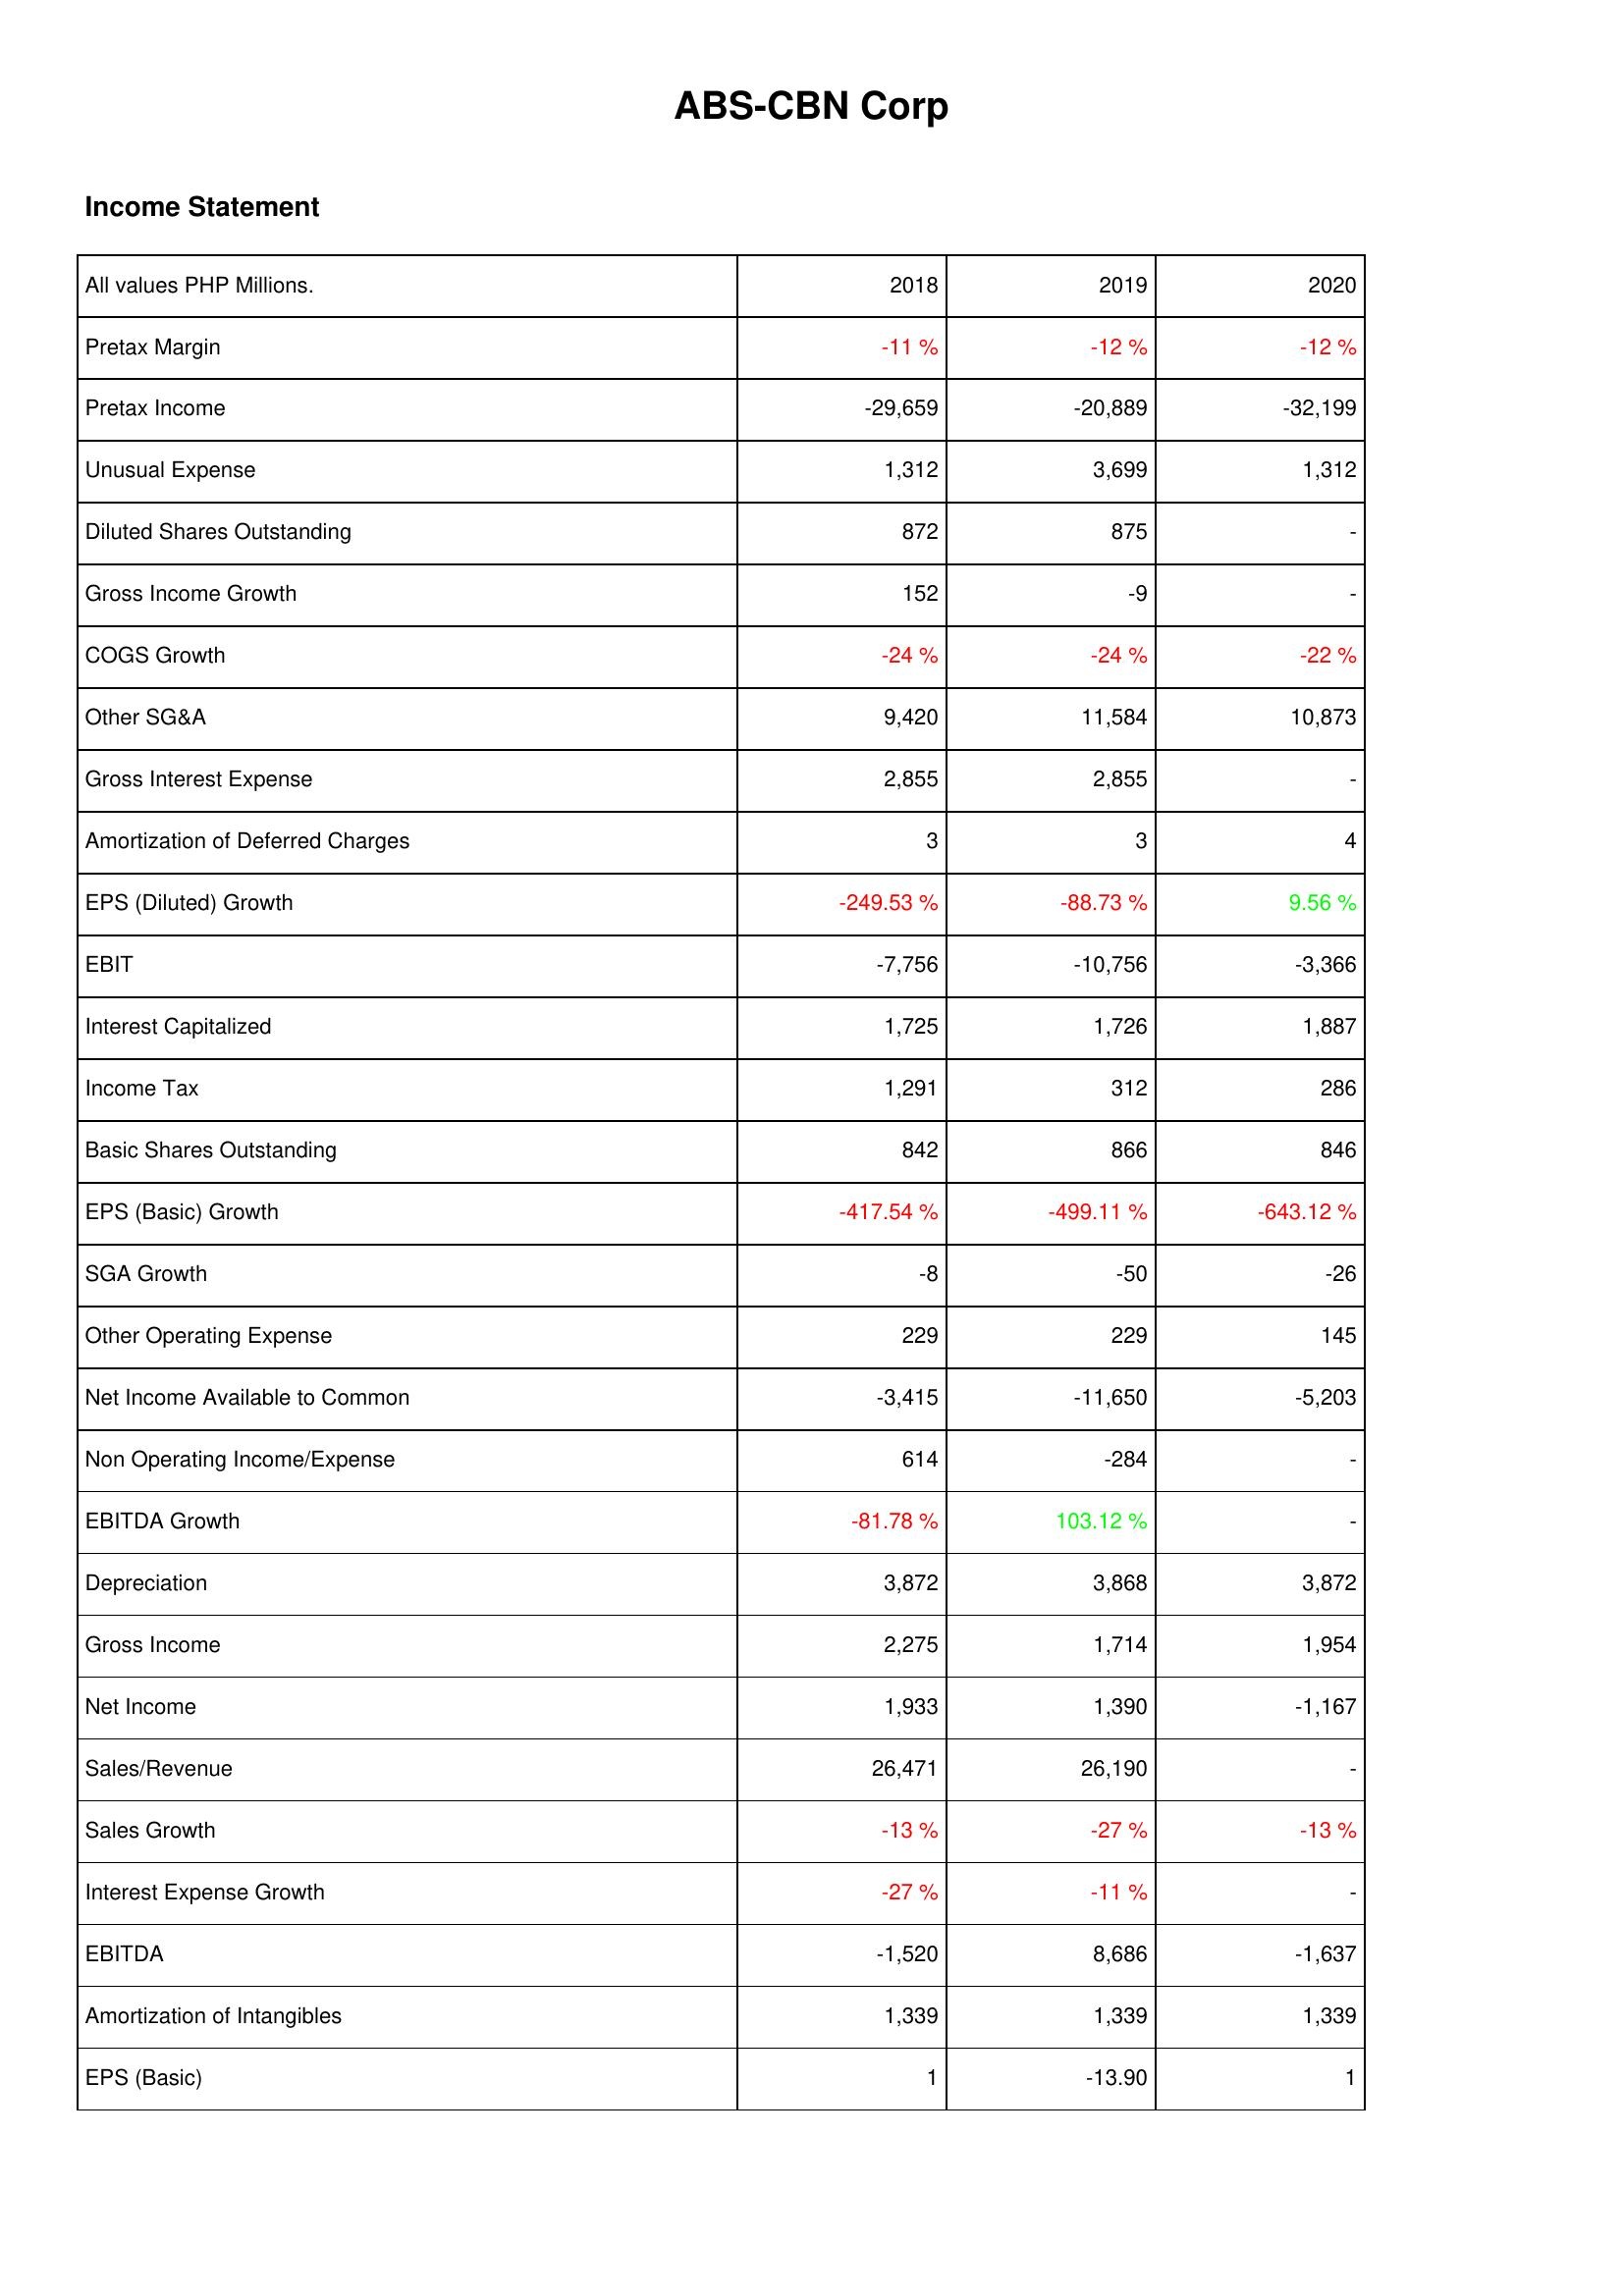
2018: Income Statement: Pretax Margin: -11 %
Pretax Income: -29,659
Unusual Expense: 1,312
Diluted Shares Outstanding: 872
Gross Income Growth: 152
COGS Growth: -24 %
Other SG&A: 9,420
Gross Interest Expense: 2,855
Amortization of Deferred Charges: 3
EPS (Diluted) Growth: -249.53 %
EBIT: -7,756
Interest Capitalized: 1,725
Income Tax: 1,291
Basic Shares Outstanding: 842
EPS (Basic) Growth: -417.54 %
SGA Growth: -8
Other Operating Expense: 229
Net Income Available to Common: -3,415
Non Operating Income/Expense: 614
EBITDA Growth: -81.78 %
Depreciation: 3,872
Gross Income: 2,275
Net Income: 1,933
Sales/Revenue: 26,471
Sales Growth: -13 %
Interest Expense Growth: -27 %
EBITDA: -1,520
Amortization of Intangibles: 1,339
EPS (Basic): 1
2019: Income Statement: Pretax Margin: -12 %
Pretax Income: -20,889
Unusual Expense: 3,699
Diluted Shares Outstanding: 875
Gross Income Growth: -9
COGS Growth: -24 %
Other SG&A: 11,584
Gross Interest Expense: 2,855
Amortization of Deferred Charges: 3
EPS (Diluted) Growth: -88.73 %
EBIT: -10,756
Interest Capitalized: 1,726
Income Tax: 312
Basic Shares Outstanding: 866
EPS (Basic) Growth: -499.11 %
SGA Growth: -50
Other Operating Expense: 229
Net Income Available to Common: -11,650
Non Operating Income/Expense: -284
EBITDA Growth: 103.12 %
Depreciation: 3,868
Gross Income: 1,714
Net Income: 1,390
Sales/Revenue: 26,190
Sales Growth: -27 %
Interest Expense Growth: -11 %
EBITDA: 8,686
Amortization of Intangibles: 1,339
EPS (Basic): -13.90
2020: Income Statement: Pretax Margin: -12 %
Pretax Income: -32,199
Unusual Expense: 1,312
Diluted Shares Outstanding: -
Gross Income Growth: -
COGS Growth: -22 %
Other SG&A: 10,873
Gross Interest Expense: -
Amortization of Deferred Charges: 4
EPS (Diluted) Growth: 9.56 %
EBIT: -3,366
Interest Capitalized: 1,887
Income Tax: 286
Basic Shares Outstanding: 846
EPS (Basic) Growth: -643.12 %
SGA Growth: -26
Other Operating Expense: 145
Net Income Available to Common: -5,203
Non Operating Income/Expense: -
EBITDA Growth: -
Depreciation: 3,872
Gross Income: 1,954
Net Income: -1,167
Sales/Revenue: -
Sales Growth: -13 %
Interest Expense Growth: -
EBITDA: -1,637
Amortization of Intangibles: 1,339
EPS (Basic): 1